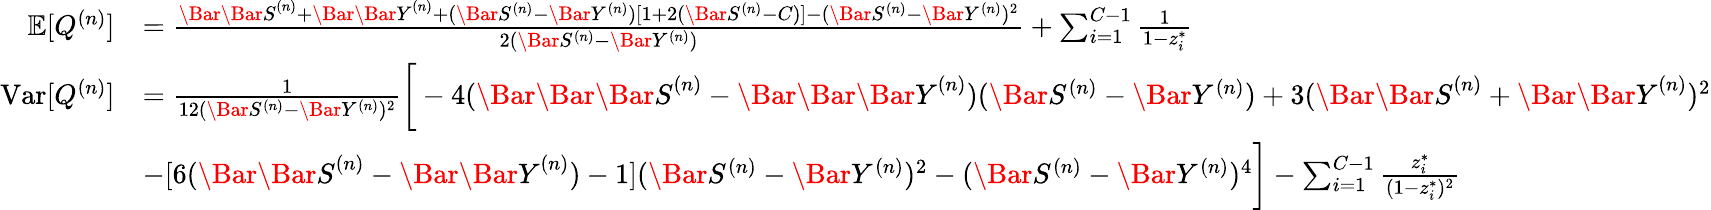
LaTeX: \begin{array}{rl}{\mathbb{E}[Q^{(n)}]}&{=\frac{\Bar{\Bar{S}}^{(n)}+\Bar{\Bar{Y}}^{(n)}+(\Bar{S}^{(n)}-\Bar{Y}^{(n)})[1+2(\Bar{S}^{(n)}-C)]-(\Bar{S}^{(n)}-\Bar{Y}^{(n)})^{2}}{2(\Bar{S}^{(n)}-\Bar{Y}^{(n)})}+\sum_{i=1}^{C-1}\frac{1}{1-z_{i}^{*}}}\\ {\mathrm{Var}[Q^{(n)}]}&{=\frac{1}{12(\Bar{S}^{(n)}-\Bar{Y}^{(n)})^{2}}\bigg[-4(\Bar{\Bar{\Bar{S}}}^{(n)}-\Bar{\Bar{\Bar{Y}}}^{(n)})(\Bar{S}^{(n)}-\Bar{Y}^{(n)})+3(\Bar{\Bar{S}}^{(n)}+\Bar{\Bar{Y}}^{(n)})^{2}}\\ &{-[6({\Bar{\Bar{S}}}^{(n)}-{\Bar{\Bar{Y}}}^{(n)})-1](\Bar{S}^{(n)}-\Bar{Y}^{(n)})^{2}-(\Bar{S}^{(n)}-\Bar{Y}^{(n)})^{4}\bigg]-\sum_{i=1}^{C-1}\frac{z_{i}^{*}}{(1-z_{i}^{*})^{2}}}\end{array}